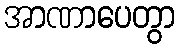
အာဏာပေတွာ